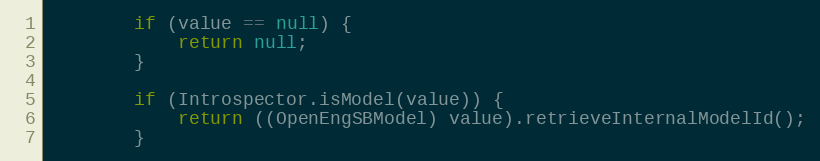
Language: Java
        if (value == null) {
            return null;
        }

        if (Introspector.isModel(value)) {
            return ((OpenEngSBModel) value).retrieveInternalModelId();
        }